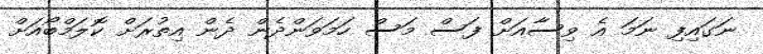
ނަގައިފި ނަމަ އެ ވިސާއަށް ފަސް މަސް ހަމަވަންދެން ދެން އިތުރަށް ކޮލަމްބޯއަށް